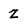
Character: Z